Civil Veterinary Department. United Provinces 1932-42 - 1932-1942
Year: 1932
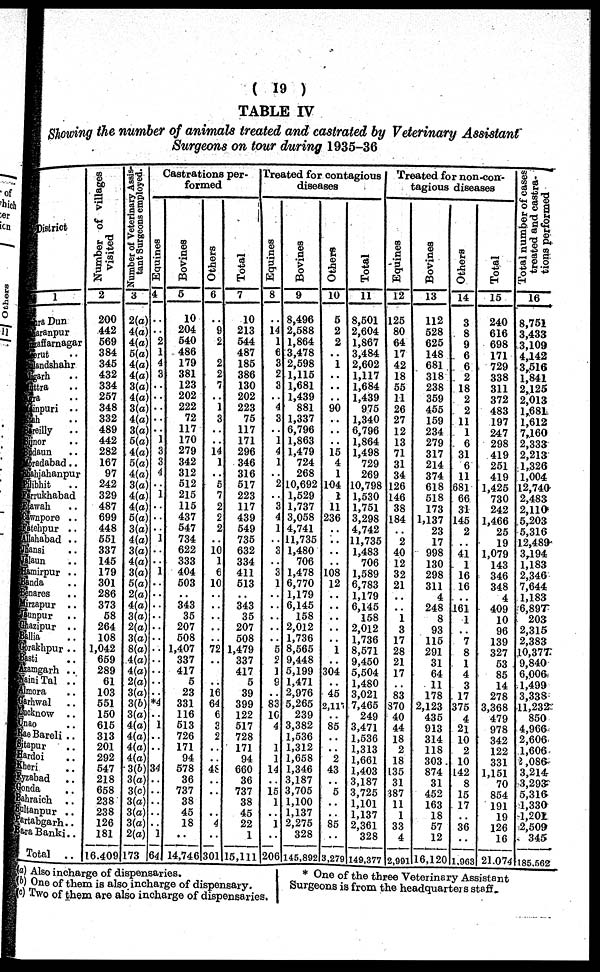
(19)
TABLE IV
Showing the number of animals treated and castrated by Veterinary Assistant
Surgeons on tour during 1935-36
District
1
Dra Dun
aranpur
affarnagar
erut ..
sndshahr
garh ..
ttra ..
ra ..
inpuri ..
sh ..
sreilly
..
anor ..
daun ..
radabad..
ahjahanpur
slibhit ..
Irrukhabad
Mawah ..
wnpore ..
atehpur ..
llahabad ..
Sansi ..
laun ..
amirpur ..
anda ..
Snares
irzapur ..
unpur ..
hazipur ..
allia ..
brakhpur ..
asti ..
tamgarh ..
nini Tal ..
mora
Garhwal ..
Lacknow ..
Unao ..
Rao Bareli ..
tapur ..
ardoi ..
beri ..
yzabad ..
Gonda ..
Bahraich ..
tanpur ..
Partabgarh..
Bara Banki ..
Total ..
Number of villages
visited
2
200
442
569
384
345
432
334
257
348
332
489
442
282
167
97
242
329
487
699
448
551
337
145
179
301
286
373
58
264
108
1,042
659
289
61
103
551
150
615
313
201
292
547
218
658
238
238
126
181
16,409
Number of Veterinary Assis-
tant Surgeons employed.
3
2(a)
4(a)
4(a)
5(a)
4(a)
4(a)
3(a)
4(a)
3(a)
4(a)
3(a)
5(a)
4(a)
5(a)
4(a)
3(a)
4(a)
4(a)
5(a)
3(a)
4(a)
3(a)
4(a)
3(a)
5(a)
2(a)
4(a)
3(a)
2(a)
3(a)
8(a)
4(a)
4(a)
2(a)
3(a)
3(6)
3(a)
4(a)
4(a)
4(a)
4(a)
3(6)
3(a)
3(c)
3(a)
3(a)
3(a)
2(a)
173
Castrations per-
formed
Equines
4
..
..
2
1
4
3
..
..
..
..
..
1
3
3
4
..
1
..
..
..
..
..
..
..
..
..
..
..
..
..
..
..
..
..
..
*4
..
1
..
..
..
34
..
..
..
..
.. 1
64
Bovines
5
10
204
540
486
179
381
123
202
222
72
117
170
279
342
312
512
215
115
437
547
734
622
333
404
503
..
343
35
207
508
1,407
337
417
6
23
331
116
513
726
171
94
578
36
737
38
45
18
..
14,746
Others
6
..
9
2
..
2
2
7
..
1
3
..
..
14
1
..
5
7
2
2
2
10
1
€
10
..
..
..
..
..
72
..
..
..
16
64
6
3
2
..
..
48
..
..
..
..
4
..
301
Total
7
10
213
644
487
185
386
130
202
223
75
117
171
296
346
316
517
223
117
439
549
735
632
334
411
513
..
343
35
207
508
1,479
337
417
5
39
399
122
517
728
171
94
660
36
737
38
45
22
1
15,111
Treated for contagious
diseases
Equines
8
..
14
1
6
3
2
3
..
4
3
..
1
4
1
..
2
..
3
4
1
..
3
..
3
1
....
..
..
..
..
6
2
1
9
..
83
16
4
..
1
1
14
..
15
1
..
1
..
..
206
Bovines
9
8,496
2,588
1,864
3,478
2,598
1,115
1,681
1,439
881
1,337
6,796
1,863
1,479
724
268
10,692
1,529
1,737
3,058
4,741
11,735
1,480
706
1,478
6,770
1,179
6,145
158
2,012
1,736
8,565
9,448
5,199
1,471
2,976
5,265
239
3,382
1,536
1,312
1,658
1,346
3,187
3,705
1,100
1,137
2,275
328
145,892
Others
10
5
2
2
..
1
..
..
..
90
..
..
..
15
4
1
104
1
11
236
..
..
..
..
108
12
....
..
..
..
..
1
..
304
..
45
2,110
..
85
..
..
2
43
....
5
..
..
85
..
3,279
Total
11
8,501
2,604
1,867
3,484
2,602
1,117
1,684
1,439
975
1,340
6,796
1,864
1,498
729
269
10,798
1,530
1,751
3,298
4,742
11,735
1,483
706
1,589
6,783
1,179
6,145
158
2,012
1,736
8,571
9,450
5,504
1,480
3,021
7,465
249
3,471
1,536
1,313
1,661
1,403
3,187
3,725
1,101
1,137
2,361
328
149,377
Treated for non-con-
tagious diseases
Equines
12
125
80
64
17
42
18
55
11
26
27
12
13
71
31
34
126
146
38
184
..
2
40
12
32
21
..
..
1
3
17
28
21
17
..
83
370
40
44
18
2
18
135
31
387
11
1
33
4
2,991
Bovines
13
112
528
625
148
681
318
238
359
455
159
234
279
317
214
374
618
518
173
1,137
23
17
998
130
298
311
4
248
8
93
115
291
31
64
11
178
2,123
435
913
314
118
303
874
31
452
163
18
57
12
16.120
Others
14
3
8
9
6
6
2
18
2
2
11
1
6
31
6
11
681
66
31
145
2
..
41
1
16
16
....
161
1
..
7
8
1
4
3
17
375
4
21
10
2
10
142
8
15
17
..
36
.. ..
1,963
Total
15
240
616
698
171
729
338
311
372
483
197
247
298
419
251
419
1,425
730
242
1,466
25
19
1,079
143
346
348
4
409
10
96
139
327
53
85
14
278
3,368
479
978
342
122
331
1,151
70
854
191
19
126
16
21,074
Total number of cases
treated and castra-
tions performed
16
8,751
3,433
3,109
4,142
3,516
1,841
2,125
2,013
1,681
1,612
7,160
2,333
2,213
1,326
1,004
12,740
2,483
2,110
5,203
5,316
12,489
3,194
1,183
2,346
7,644
1,183
6,897
203
2,315
2,383
10,377:
9,840
6,006
1,499
3,338
11,232
850
4,966
2,606
1,606
2 ,086
3,214
3,293
5,316
1,330
1,201
2,509
345
185,562
(a) Also incharge of dispensaries.
(b) One of them is also incharge of dispensary.
(c) Two of them are also incharge of dispensaries.
* One of the three Veterinary Assistant
Surgeons is from the headquarters staff.